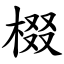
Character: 棳